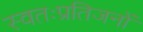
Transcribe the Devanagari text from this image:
स्वतःप्रतिजनों